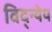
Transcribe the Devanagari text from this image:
विद्न्येय